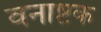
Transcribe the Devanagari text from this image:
वनाष्टक